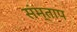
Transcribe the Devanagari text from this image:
संम्ताप